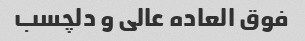
فوق العاده عالی و دلچسب